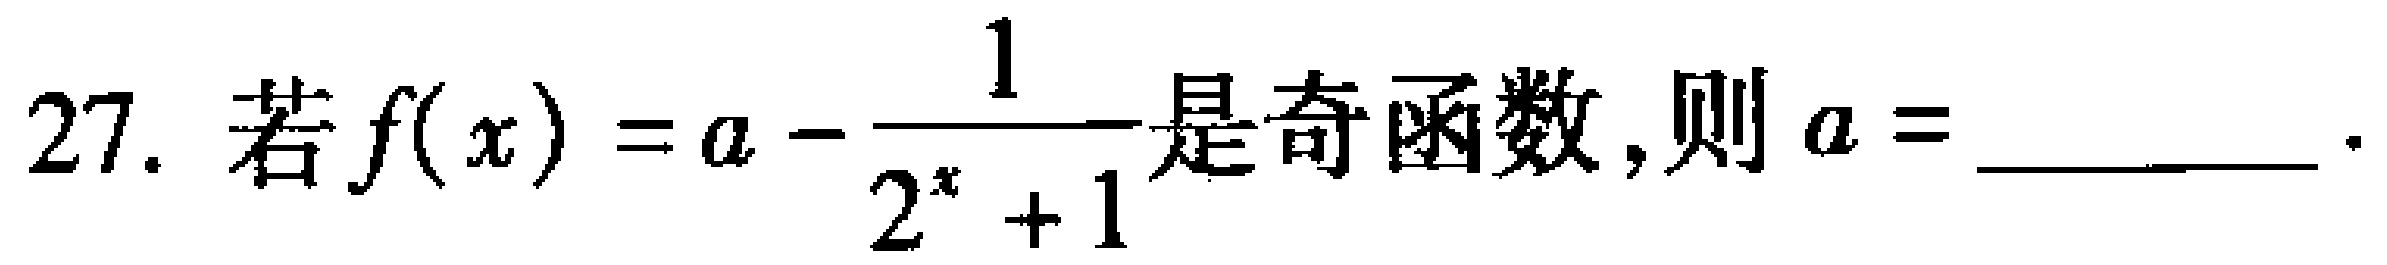
27. 若$f(x)=a - \frac{1}{2^{x}+1}$是奇函数,则$a =$______.